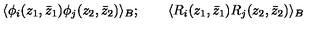
\langle \phi _ { i } ( z _ { 1 } , \bar { z } _ { 1 } ) \phi _ { j } ( z _ { 2 } , \bar { z } _ { 2 } ) \rangle _ { B } ; \qquad \langle R _ { i } ( z _ { 1 } , \bar { z } _ { 1 } ) R _ { j } ( z _ { 2 } , \bar { z } _ { 2 } ) \rangle _ { B }